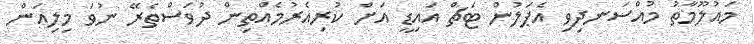
މައުލޫމާތު މުއްސަނދިވި އެޕަލުން ޓަޗް އައިޑީ އަށް ކުރިއެރުމެއްތިން ދުވަސްތެރޭ ނުވަ މިލިއަން